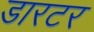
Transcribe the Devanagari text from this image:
डारटर